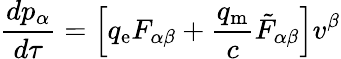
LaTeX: {\frac{dp_{\alpha}}{d\tau}}=\left[q_{\mathrm{e}}F_{\alpha\beta}+{\frac{q_{\mathrm{m}}}{c}}{{\tilde{F}}_{\alpha\beta}}\right]v^{\beta}